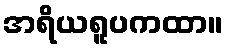
အရိယရူပကထာ။